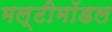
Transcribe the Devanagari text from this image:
मल्टीमॉडल